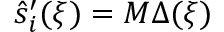
\hat { s } _ { i } ^ { \prime } ( \xi ) = M \Delta ( \xi )